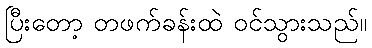
ပြီးတော့ တဖက်ခန်းထဲ ဝင်သွားသည်။